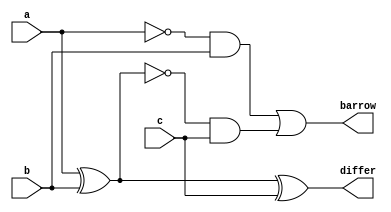
`timescale 1ns / 1ps
//////////////////////////////////////////////////////////////////////////////////
// Company: 
// Engineer: 
// 
// Design Name: 
// Module Name: FS_gatelevel
// Project Name: 
// Target Devices: 
// Tool Versions: 
// Description: 
// 
// Dependencies: 
// 
// Revision:
// Revision 0.01 - File Created
// Additional Comments:
// 
//////////////////////////////////////////////////////////////////////////////////


module FS_gatelevel(input a,b,c,
output differ,barrow);
wire w1,w2,w3,w4,w5,w6,w7;
xor t1(w1,a,b); 
xor t2(differ,w1,c); 
not t3(w3,w1); 
and t4(w5,w3,c);
not t5(w6,a);
and t6(w7,w6,b); 
or t7(barrow,w7,w5);
endmodule